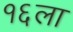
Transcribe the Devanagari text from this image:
१६ला